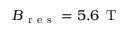
B _ { \mathrm { ~ r ~ e ~ s ~ } } = 5 . 6 \, \mathrm { ~ T ~ }